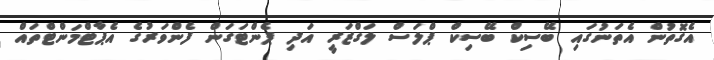
އެގޮތުން އެތަނުގައި ބޭސިކް ބޭސިކް ޕްލަސް ލަގްޒަރީ އަދި ޕެންޓަގަން ފެންވަރުގެ އެޕާޓްމަންޓްތައް